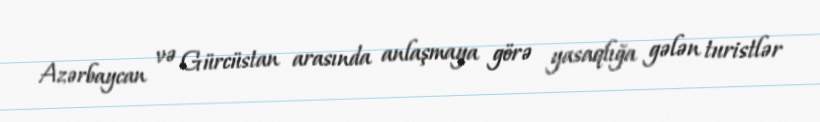
Azərbaycan və Gürcüstan arasında anlaşmaya görə yasaqlığa gələn turistlər